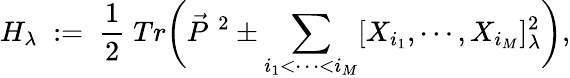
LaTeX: H_{\lambda}\; :=\; \frac 12\; Tr\biggl(\vec{P}^{\; 2}\pm\sum_{i_{1}<\cdots<i_{M}}[X_{i_{1}},\cdots,X_{i_{M}}]_{\lambda}^{2}\biggr),